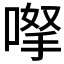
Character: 𠸎